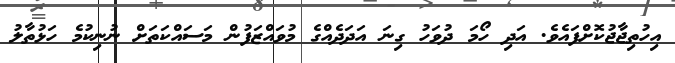
އިހުތިޖާޖުކޮށްފައެވެ. އަދި ހޯމަ ދުވަހު ގިނަ އަދަދެއްގެ މުވައްޒަފުން މަސައްކަތަށް ނުނިކުމެ ހަޅުތާލު